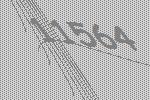
11564